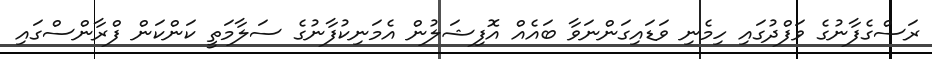
ރަސްގެފާނުގެ ވަފްދުގައި ހިމެނި ވަޑައިގަންނަވާ ބައެއް އޮފިޝަލުން އެމަނިކުފާނުގެ ސަލާމަތީ ކަންކަން ފްރާންސްގައި